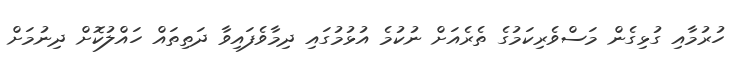
ހުރުމާއި ގުޅިގެން މަސްވެރިކަމުގެ ތެރެއަށް ނުކުމެ އުޅުމުގައި ދިމާވެފައިވާ ދަތިތައް ހައްލުކޮށް ދިނުމަށް